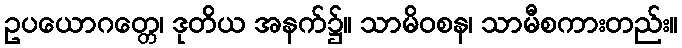
ဥပယောဂတ္တေ၊ ဒုတိယ အနက်၌။ သာမိဝစန၊ သာမီစကားတည်း။